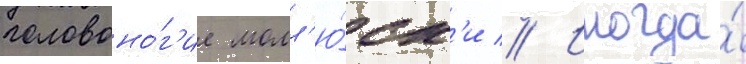
головоно́г'ие молл'ю́ск'и // Иногда́